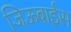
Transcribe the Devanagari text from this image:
जिऊबाईस